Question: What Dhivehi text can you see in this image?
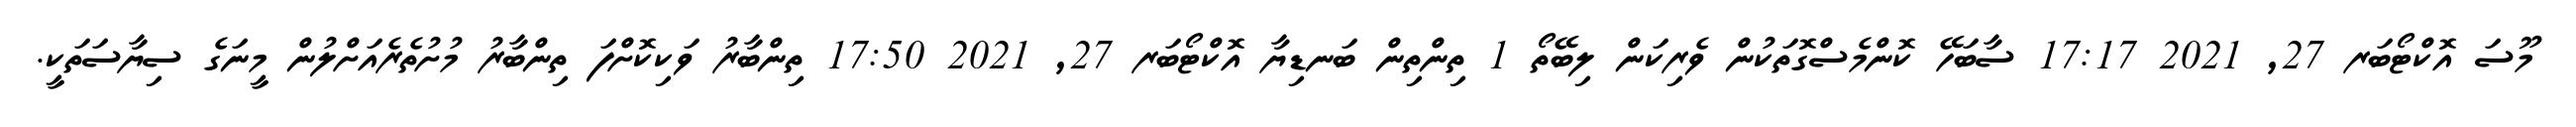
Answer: މޫސަ އޮކްޓޯބަރ 27, 2021 17:17 ސާބަހޭ ކޮންމެސްގޮތަކުން ވެރިކަން ލިބޭތޯ 1 ތިންތިން ބަނޑިޔާ އޮކްޓޯބަރ 27, 2021 17:50 ތިންބާރު ވަކިކޮށްފަ ތިންބާރު މުށުތެރެއަށްލުން މީނަގެ ސިޔާސަތަކީ.